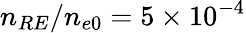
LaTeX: n_{RE}/n_{e0}=5\times 10^{-4}